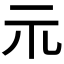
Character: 𱍐